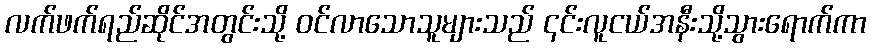
လက်ဖက်ရည်ဆိုင်အတွင်းသို့ ဝင်လာသောသူများသည် ၎င်းလူငယ်အနီးသို့သွားရောက်ကာ